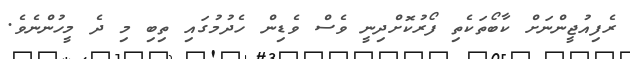
ރެފިއުޖީންނަށް ކާބޯތަކެތި ފޯރުކޮށްދިނީ ވެސް ވެޑިން ހެދުމުގައި ތިބި މި ދެ މީހުންނެވެ.